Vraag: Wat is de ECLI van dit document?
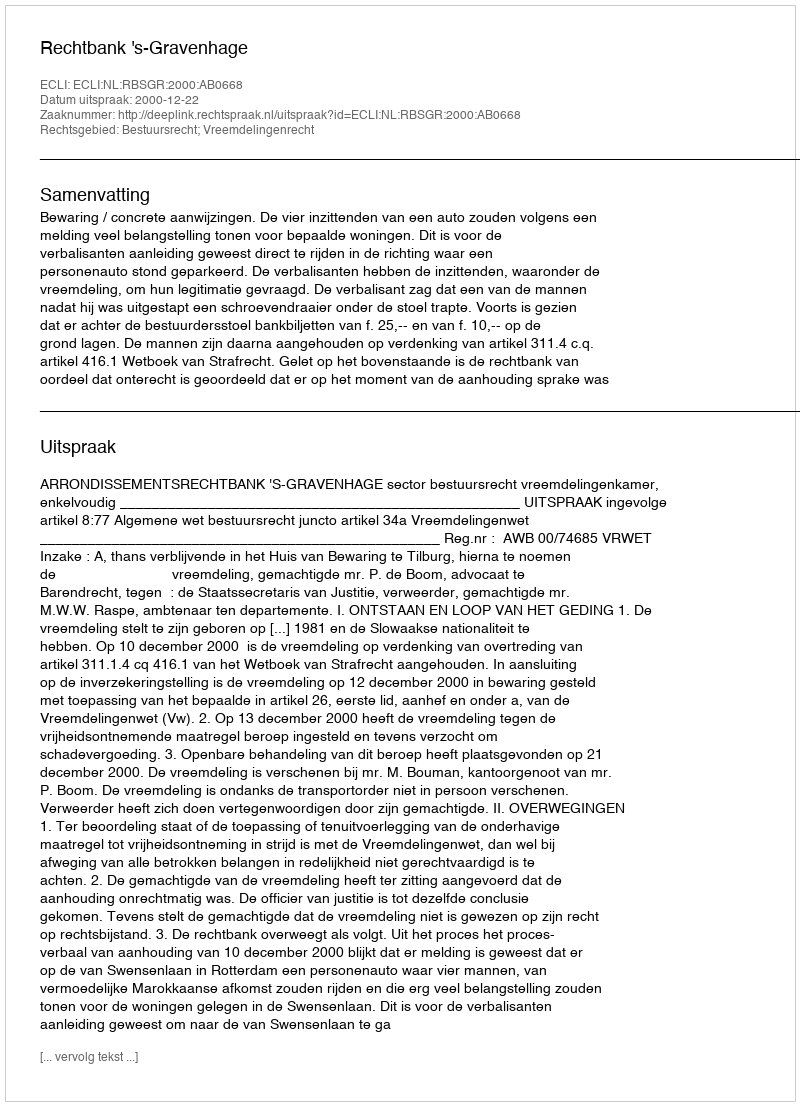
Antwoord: ECLI:NL:RBSGR:2000:AB0668